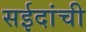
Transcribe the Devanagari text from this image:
सईदांची